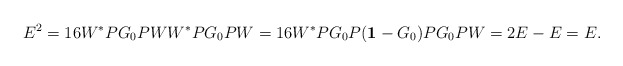
\begin{align*}E^2=16 W^*PG_0PWW^*PG_0PW = 16 W^*PG_0P({\bf 1}-G_0)PG_0PW = 2E-E =E.\end{align*}